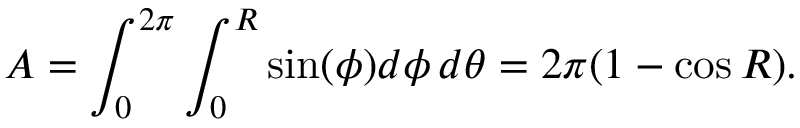
A = \int _ { 0 } ^ { 2 \pi } \int _ { 0 } ^ { R } \sin ( \phi ) d \phi \, d \theta = 2 \pi ( 1 - \cos R ) .